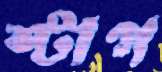
স্টাপ